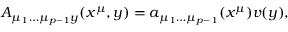
A _ { \mu _ { 1 } \dots \mu _ { p - 1 } y } ( x ^ { \mu } , y ) = a _ { \mu _ { 1 } \dots \mu _ { p - 1 } } ( x ^ { \mu } ) v ( y ) ,